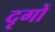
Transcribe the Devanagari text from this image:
दृगों